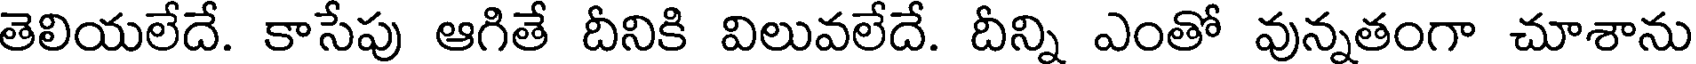
తెలియలేదే. కాసేపు ఆగితే దీనికి విలువలేదే. దీన్ని ఎంతో వున్నతంగా చూశాను